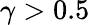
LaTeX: \gamma>0.5